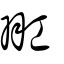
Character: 羾